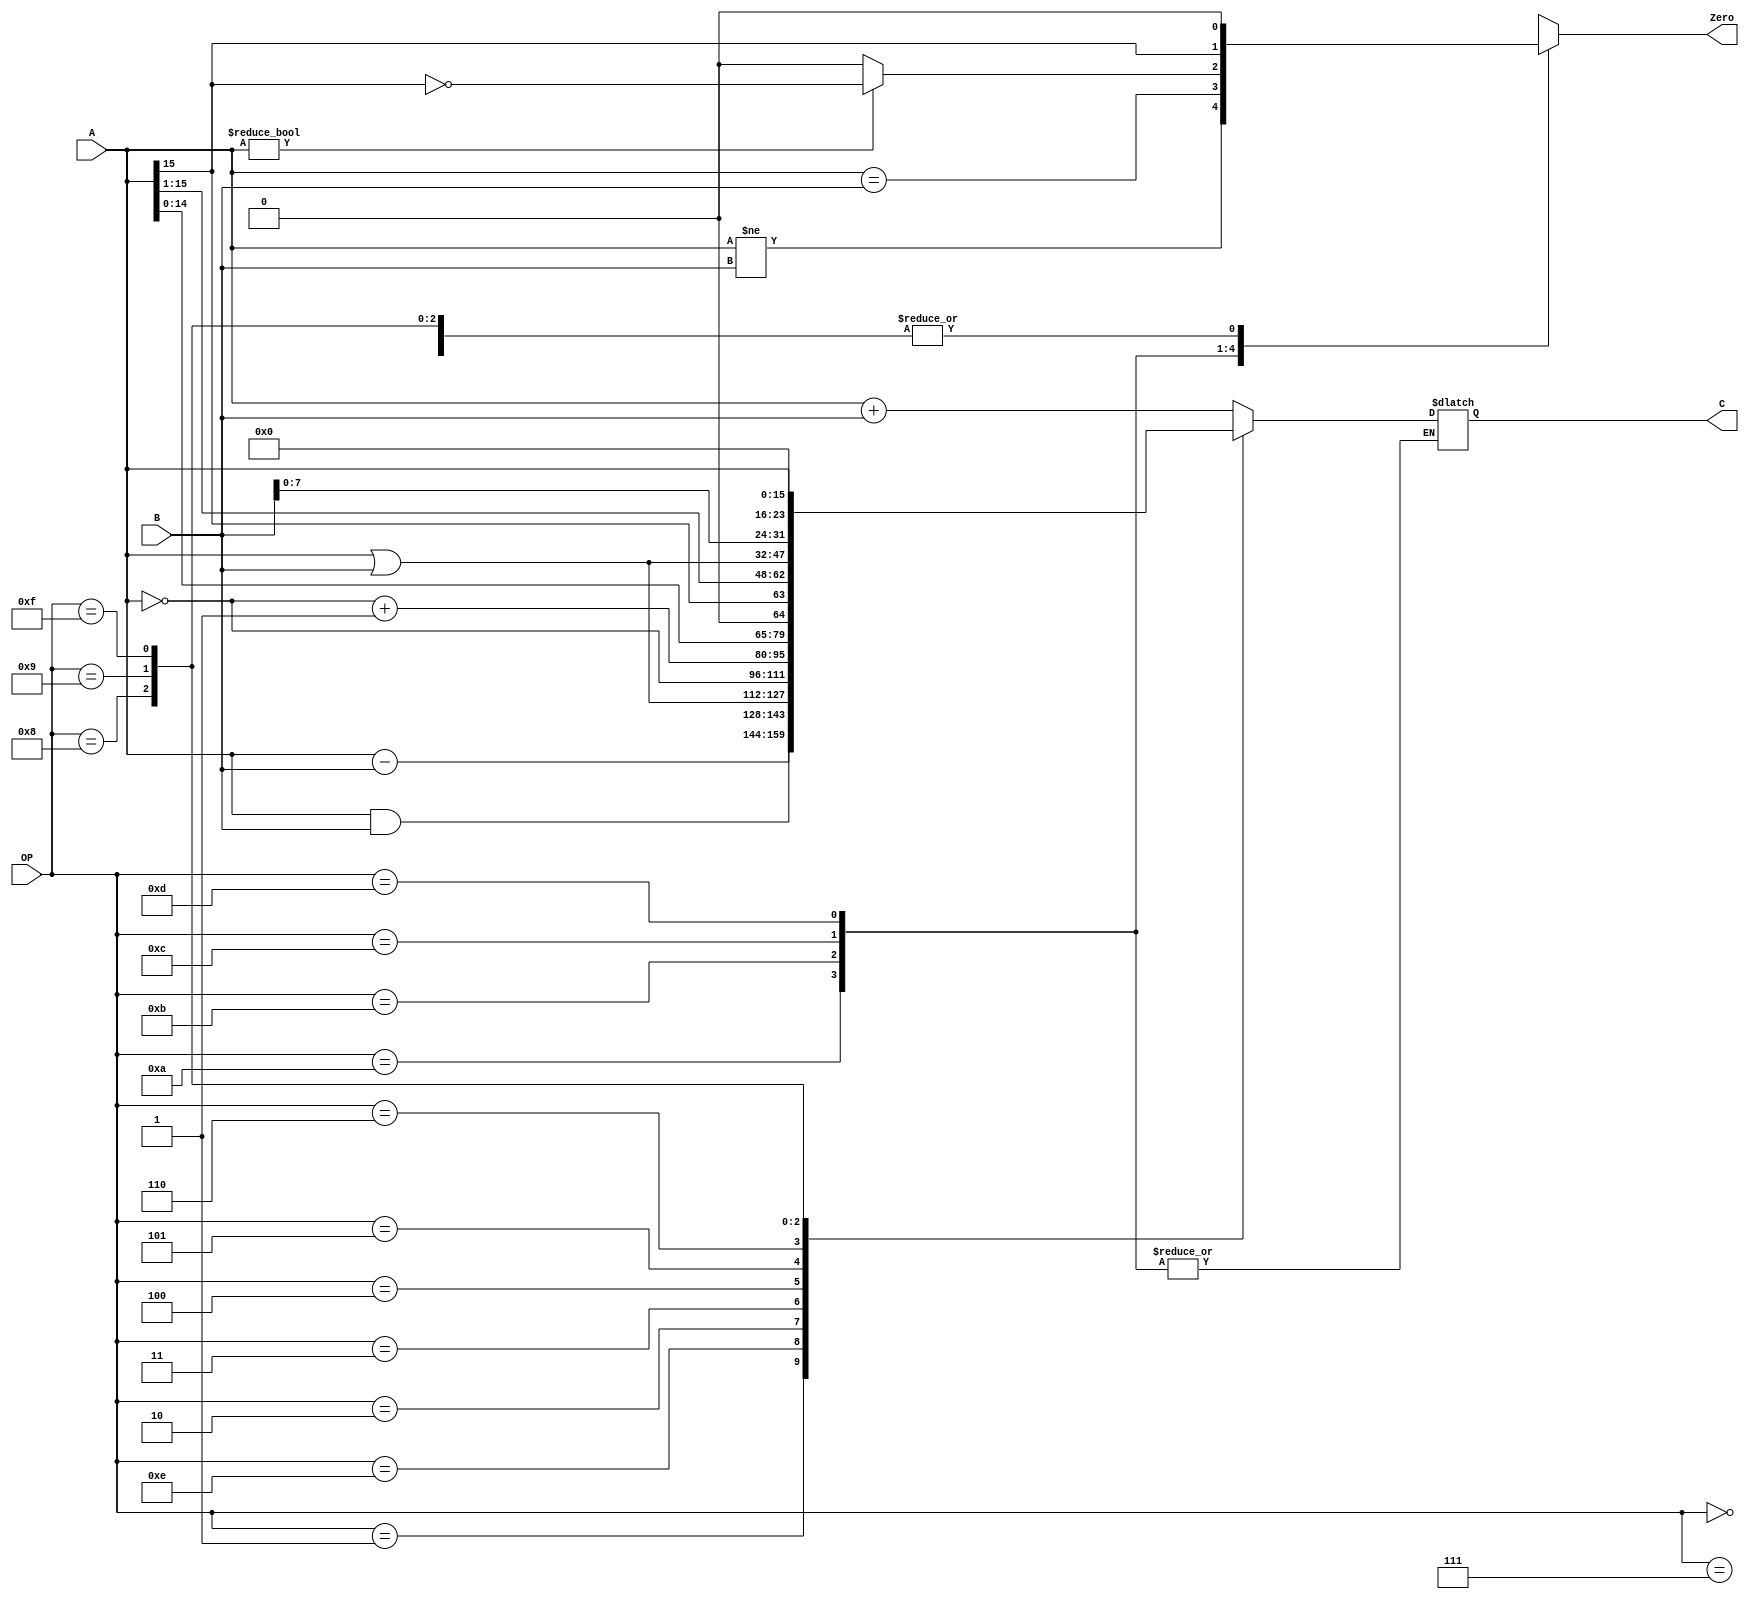
//////////////////////////////////////////////////////////////////////////////////
// Company: 
// Engineer: 
// 
// Design Name: 
// Module Name: ALU
// Project Name: 
// Target Devices: 
// Tool Versions: 
// Description: 
// 
// Dependencies: 
// 
// Revision:
// Revision 0.01 - File Created
// Additional Comments:
// 
//////////////////////////////////////////////////////////////////////////////////
`define	OP_ADD  4'b0000
`define	OP_SUB	4'b0001
`define	OP_ORR	4'b0010
`define	OP_NOT	4'b0011
`define	OP_TCP	4'b0100
`define	OP_SHL	4'b0101
`define	OP_SHR	4'b0110
`define	OP_ADI	4'b0111
`define	OP_ORI	4'b1000
`define	OP_LHI	4'b1001
// branch
`define	OP_BNE	4'b1010
`define	OP_BEQ	4'b1011
`define	OP_BGZ	4'b1100
`define	OP_BLZ	4'b1101
`define OP_AND  4'b1110
`define OP_ID   4'b1111


module ALU(
    input [15:0] A,
    input [15:0] B,
    input [3:0] OP,
    output reg [15:0] C,
    output reg Zero
    );
    
    always @(*) begin
        case (OP)
            `OP_ADD : begin
                Zero = 0;
                C = A + B;
            end

            `OP_SUB : begin
                Zero = 0;
                C = A - B;
            end

            `OP_AND : begin
                Zero = 0;
                C = A & B;
            end

            `OP_ORR : begin
                C = A | B;
                Zero = 0;
            end

            `OP_NOT : begin
                Zero = 0;
                C = ~A;
            end

            `OP_TCP : begin
                Zero = 0;
                C = ~A + 1;
            end

            `OP_SHL : begin
                Zero = 0;
                C = A << 1;
            end

            `OP_SHR : begin
                Zero = 0;
                C = {A[15], A[15:1]};
            end

            `OP_ADI : begin
                Zero = 0;
                C = A + B;
            end

            `OP_ORI : begin
                Zero = 0;
                C = A | {8'b0, B};
            end

            `OP_LHI : begin 
                Zero = 0;
                C = {B[7:0], 8'b0};
            end

            `OP_BNE : begin
                Zero = (A != B);
            end

            `OP_BEQ : begin
                Zero = (A == B);
            end

            `OP_BGZ : begin 
                if (A != 0) Zero = ~A[15];
                else Zero = 0;
            end

            `OP_BLZ : begin
                Zero = A[15];
            end
            
            `OP_ID : begin
                Zero = 0;
                C = A;
            end
        endcase
    end
endmodule